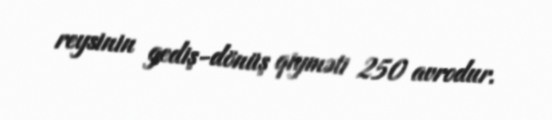
reysinin gediş-dönüş qiyməti 250 avrodur.